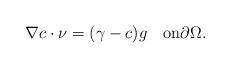
LaTeX: \begin{align*} \nabla c\cdot \nu=(\gamma-c)g\quad\mbox{on}\partial\Omega. \end{align*}